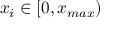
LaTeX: x _ { i } \in [ 0 , x _ { m a x } )